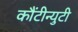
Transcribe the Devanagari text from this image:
कौंटीन्युटी